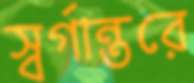
স্বর্গান্তরে